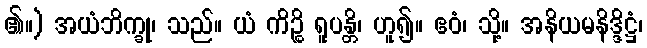
၏။) အယံဘိက္ခု၊ သည်။ ယံ ကိဉ္စိ ရူပန္တိ၊ ဟူ၍။ ဧဝံ၊ သို့။ အနိယမနိဒ္ဒိဋ္ဌံ၊